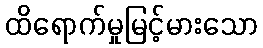
ထိရောက်မှုမြင့်မားသော